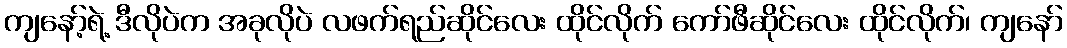
ကျနော့်ရဲ့ ဒီလိုပဲက အခုလိုပဲ လဖက်ရည်ဆိုင်လေး ထိုင်လိုက် ကော်ဖီဆိုင်လေး ထိုင်လိုက်၊ ကျနော်